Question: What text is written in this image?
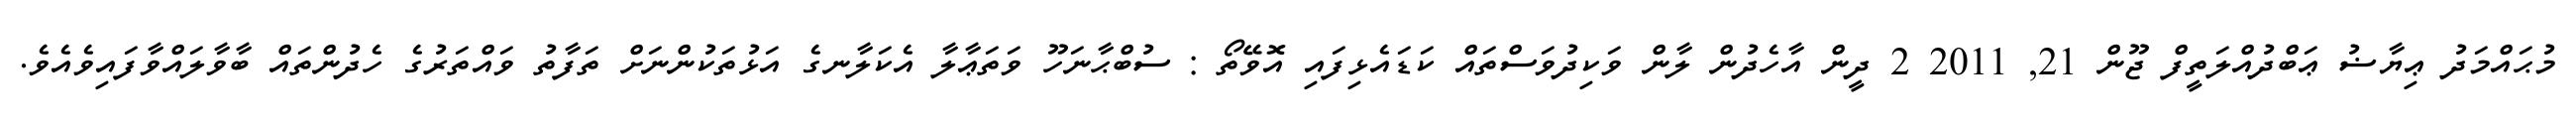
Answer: މުޙައްމަދު ޢިޔާޟު ޢަބްދުއްލަތީފް ޖޫން 21, 2011 2 ދީން އާހެދުން ލާން ވަކިދުވަސްތައް ކަޑައެޅިފައި އޮވޭތޯ : ސުބްޙާނަހޫ ވަތަޢާލާ އެކަލާނގެ އަޅުތަކުންނަށް ތަފާތު ވައްތަރުގެ ހެދުންތައް ބާވާލައްވާފައިވެއެވެ.